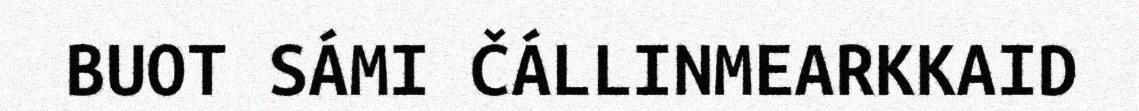
BUOT SÁMI ČÁLLINMEARKKAID